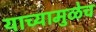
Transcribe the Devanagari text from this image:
याच्यामुळेच